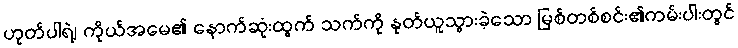
ဟုတ်ပါရဲ့၊ ကိုယ်အမေ၏ နောက်ဆုံးထွက် သက်ကို နုတ်ယူသွားခဲ့သော မြစ်တစ်စင်း၏ကမ်းပါးတွင်